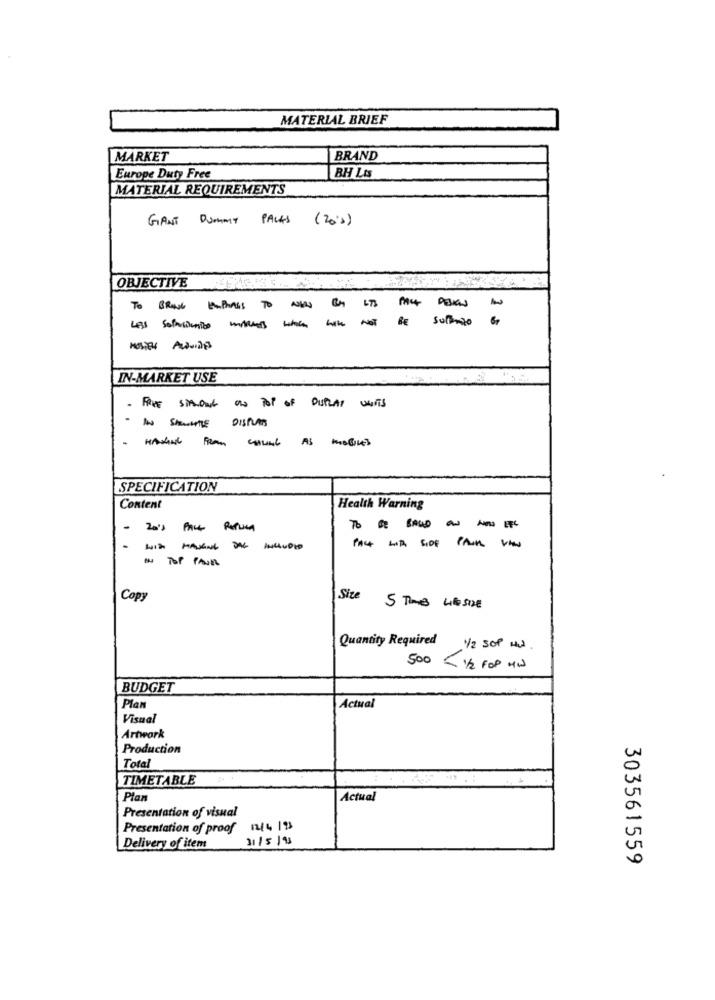
MATERIAL BRIEF
MARKET
BRAND
Europe Duty Free
BH LA
MATERIAL REQUIREMENTS
GIANT DUMMY PACKS
(203)
OBJECTIVE
TO BRING EMPHASIS TO NEWS BY LTS
--
-------- sur-
IN-MARKET USE
. FRIE simONS AND POP OF DISTRAY UNITS
-STRUCTIE DISPUTES
HAShat From count AS mobiles
SPECIFICATION
Content
Health Warning
-
T -----
.
-- --
PAG LIA SIDE FALLS VIEW
- TOPP
Copy
Site
Quantity Required
/2 SOP Mit
500 < 1/2 FOP HW
BUDGET
Plan
Actual
Visual
Artwork
Production
Total
TIMETABLE
Plan
Actual
Presentation of visual
Presentation of proof 12/4/98
31/5/98
Delivery of item
303561559